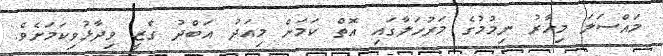
މައްސަލަ މިހާރު ނިމުމުގެ މަރުހަލާގައި އޮތް ކަމަށް މިއަދު އަބްދު ގާޒީ ވިދާޅުވިކަމަށެވެ.